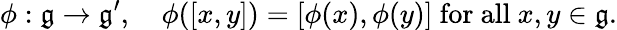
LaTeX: \phi:{\mathfrak{g}}\to{\mathfrak{g^{\prime}}},\quad\phi([x,y])=[\phi(x),\phi(y)]\ {\mathrm{for~all}}\ x,y\in{\mathfrak{g}}.